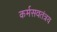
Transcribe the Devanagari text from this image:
कर्मसवतंत्रय